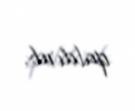
qaldırıb.